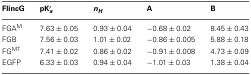
<table><thead><tr><td><b>FlincG</b></td><td><b>pK<sup>′</sup><sub><i>a</i></sub></b></td><td><b><i>n<sub>H</sub></i></b></td><td><b>A</b></td><td><b>B</b></td></tr></thead><tbody><tr><td>FGA<sup>M</sup></td><td>7.63 ± 0.05</td><td>0.93 ± 0.04</td><td>−0.68 ± 0.02</td><td>8.45 ± 0.43</td></tr><tr><td>FGB</td><td>7.56 ± 0.03</td><td>1.01 ± 0.02</td><td>−0.86 ± 0.005</td><td>5.88 ± 0.18</td></tr><tr><td>FG<sup>MT</sup></td><td>7.41 ± 0.02</td><td>0.86 ± 0.02</td><td>−0.91 ± 0.008</td><td>4.73 ± 0.09</td></tr><tr><td>EGFP</td><td>6.33 ± 0.03</td><td>0.94 ± 0.04</td><td>−1.01 ± 0.03</td><td>1.38 ± 0.04</td></tr></tbody></table>